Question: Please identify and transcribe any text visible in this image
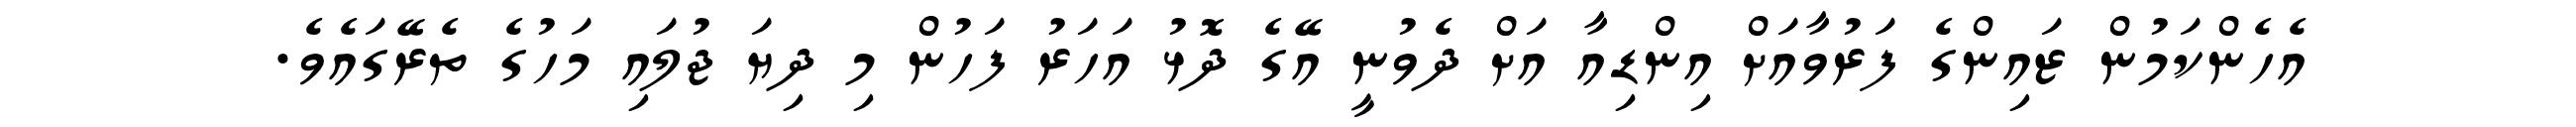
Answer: އެހެންކަމުން ޒައިންގެ ފަރުވާއަށް އިންޑިއާ އަށް ދެވުނީ އޭގެ ދޮޅު އަހަރު ފަހުން މި ދިޔަ ޖުލައި މަހުގެ ތެރޭގައެވެ.